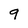
Character: 9